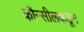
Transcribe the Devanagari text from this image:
कौन्सीलकडून